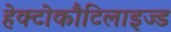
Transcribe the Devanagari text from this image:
हेक्टोकौटिलाइज्ड